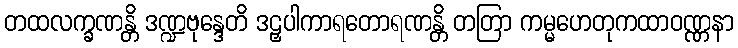
တထလက္ခဏန္တိ ဒဏ္ဍဗုန္ဒေတိ ဒဠှပါကာရတောရဏန္တိ တတြာ ကမ္မဟေတုကထာဝဏ္ဏနာ